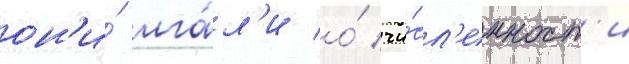
он'и́ лга́л'и о́ чи́сл'енност'и